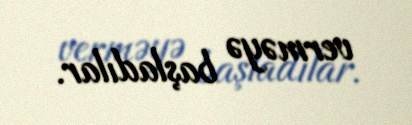
verməyə başladılar.